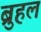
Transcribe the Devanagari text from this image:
ब्रुहल